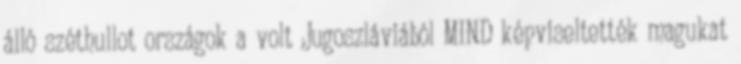
álló széthullot országok a volt Jugoszláviából MIND képviseltették magukat